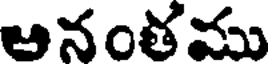
అనంతము